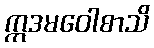
ဣဒမဝေါစာသိ